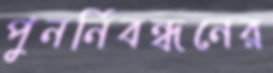
পুনর্নিবন্ধনের